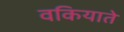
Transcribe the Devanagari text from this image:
वकियाते